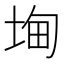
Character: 𭎧